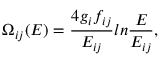
\Omega _ { i j } ( E ) = { \frac { 4 g _ { i } f _ { i j } } { E _ { i j } } } l n { \frac { E } { E _ { i j } } } ,